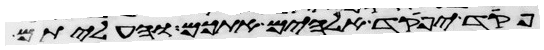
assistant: פקד יפקד אלהים אתכם והעליתם